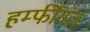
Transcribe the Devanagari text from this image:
हर्म्फीगंज